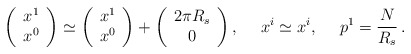
\begin{align*}\left(\begin{array}{c}x^1\\ x^0\end{array}\right)\simeq \left(\begin{array}{c}x^1\\ x^0\end{array}\right) + \left( \begin{array}{c}2\pi R_s\\ 0\end{array}\right), \hspace{3ex} x^i \simeq x^i, \hspace{3ex} p^1=\frac{N}{R_s}\,. \end{align*}